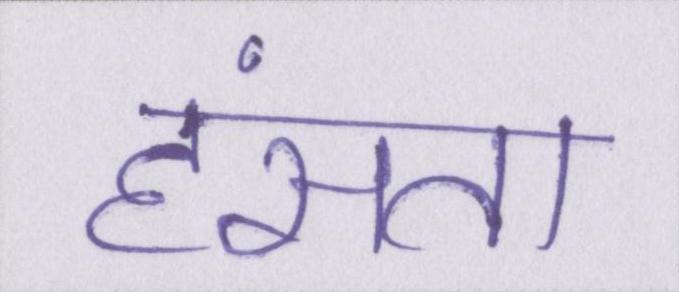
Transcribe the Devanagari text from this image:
हंसता